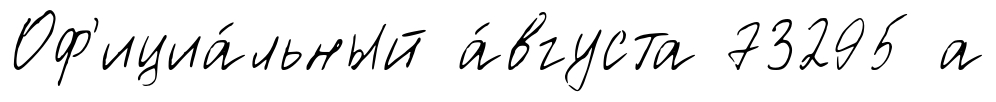
Оф'ициа́льный а́вгуста 73295 а